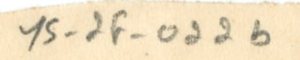
YS_2F_022b